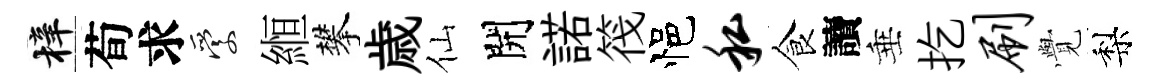
梓荀求愛縆攀歳仙開諾筏悒私食讀垂扢刷𮗜梨